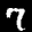
Digit: 7